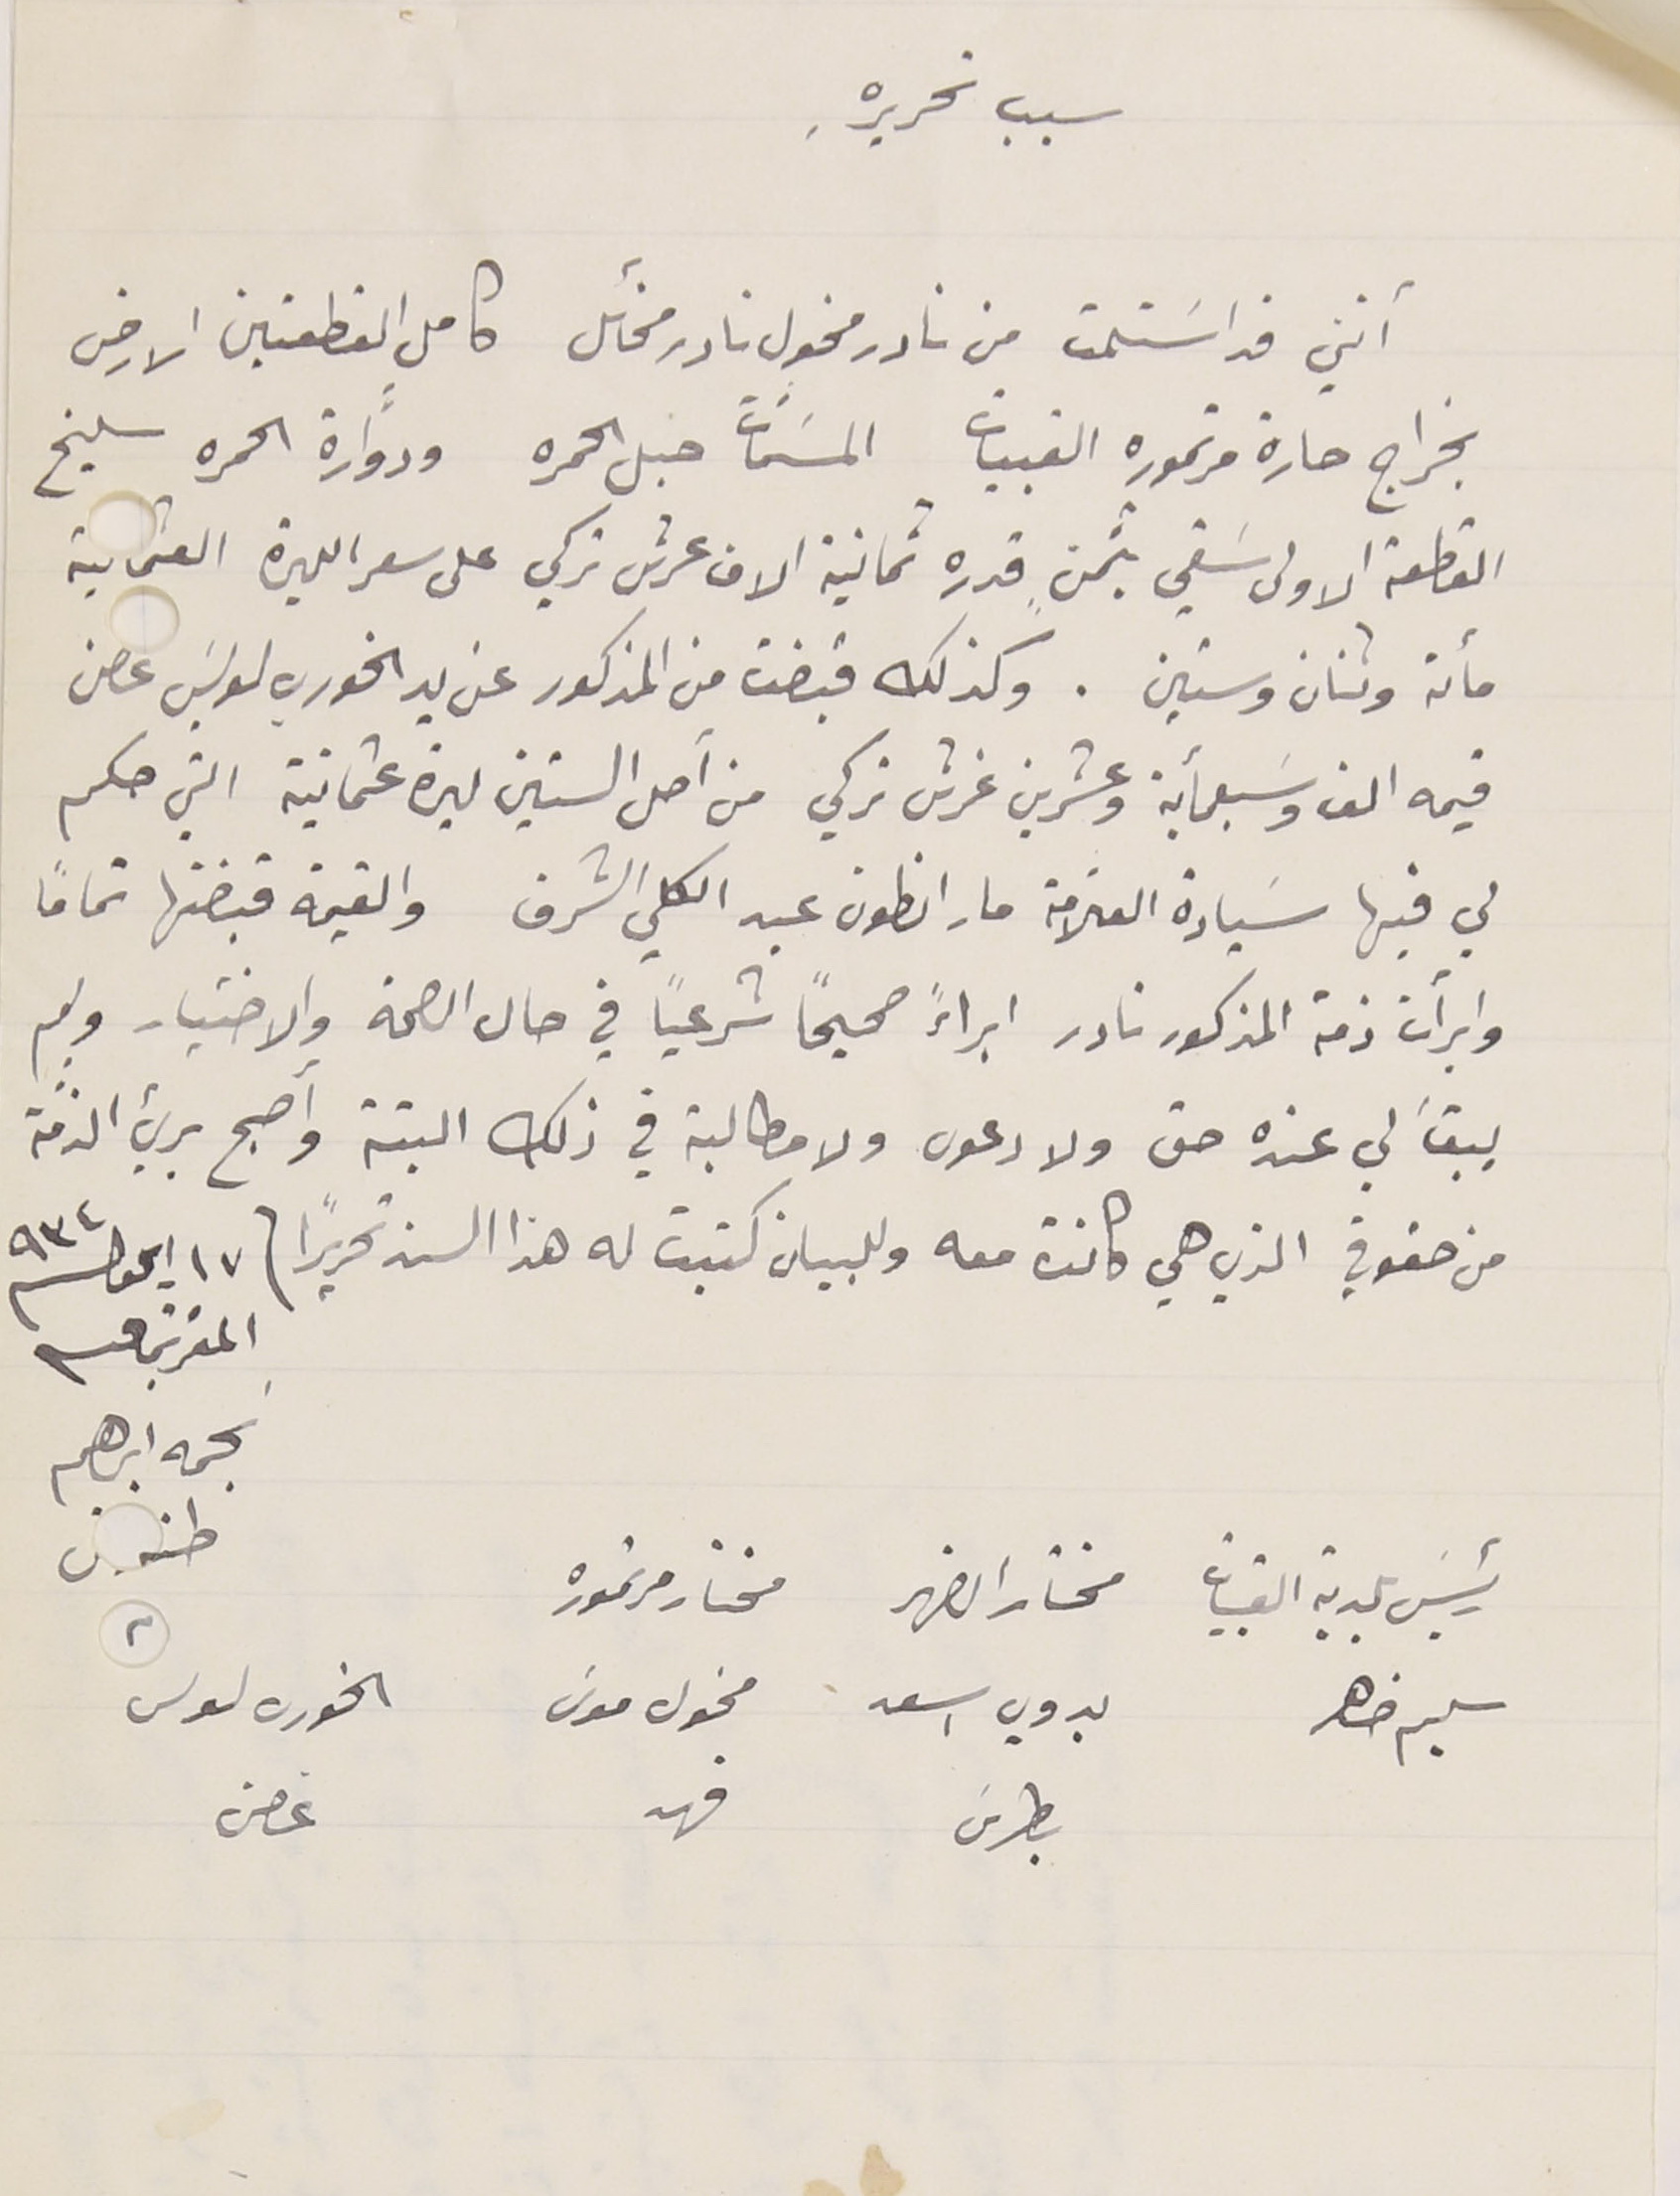
سبب تحريرهِ
أنني قد اسَتلمت من نادر مخول نادر مخائل كاملٍ القطعتين الارض
بخراج حارة مرتموره القبيات المسَمّات جبل الحمره ودوَّارة الحمره سليخ
القطعة الاولى سَقي بثمن قدره ثمانية الاف عرش تركي على سعر الليرة العثماىية
مائة وتنان وستين. وكذلك قبضت من المذكور عن يد الخوري لويسَ عصن
قيمه الف وسبعمأية وعشرين غرش تركي من اصل الستين ليرة عثمانية التي حكم
لي فيها سَيادة العلّامة مار انطون عبد الكلي الشرف والقيمة قبضتها تماماً
وإبرأت ذمة المذكور نادر ابراءً صحيحًا شرعياً في حال الصحة والاختيار ولم
بيقَ لي عنده حق ولا دعوى ولا مطالبة في ذلك البتة واصبح بريء الذمَّة
من حقوقي الذي هي كانت معه وللبيان كتبت له هذا السند تحريراً فى ١٧ ايلول سنة ٩٣٤
المقر بما فيه نجمه ابرهيم طنوس
رئيس بلدية القبيات  سليم ضاهر
مختار الضهر
 بدوي اسعد بطرسَ
الخوري ىولس غصن
مختار مرتموره    مخول موسَى فهد